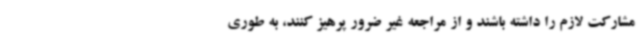
مشارکت لازم را داشته باشند و از مراجعه غیر ضرور پرهیز کنند، به طوری